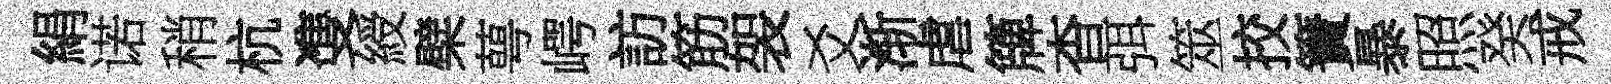
絹诺稍杭㕠綬檗萼崿訪筋袈爻渐虐簰杳弭筮挍簀暴照癸戒